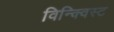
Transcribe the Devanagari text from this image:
विन्क्विस्ट